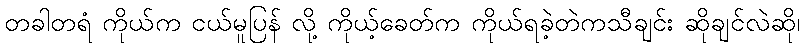
တခါတရံ ကိုယ်က ငယ်မူပြန် လို့ ကိုယ့်ခေတ်က ကိုယ်ရခဲ့တဲကသီချင်း ဆိုချင်လဲဆို၊